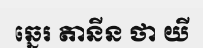
ឆ្នេរ តានីន ថា យី